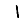
Digit: 1